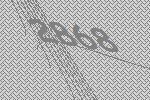
2868